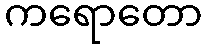
ကရောတော